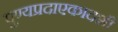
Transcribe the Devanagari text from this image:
पुण्यप्रदाएकादशी